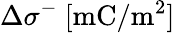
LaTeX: \Delta\sigma^{-}~[\mathrm{mC/m^{2}}]